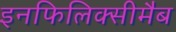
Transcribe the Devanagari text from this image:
इनफिलिक्सीमैब